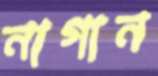
নাগান